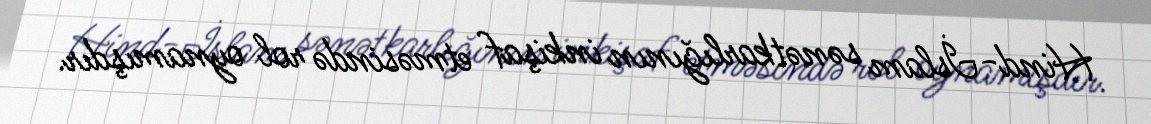
Hind-İslam sənətkarlığının inkişaf etməsində rol oynamışdır.